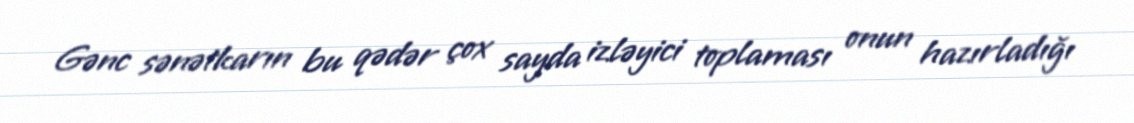
Gənc sənətkarın bu qədər çox sayda izləyici toplaması onun hazırladığı